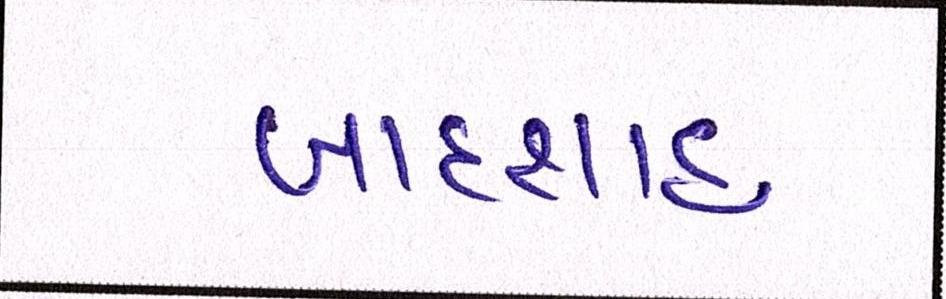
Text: બાદશાહ